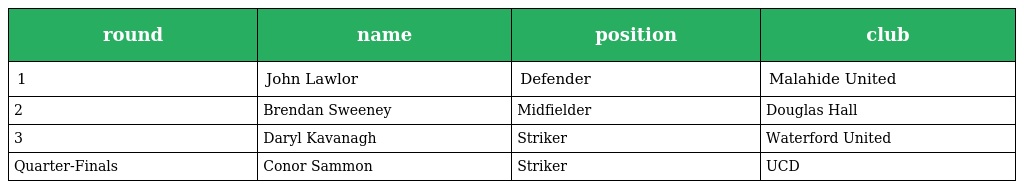
| round | name | position | club |
 | --- | --- | --- | --- |
 | 1 | John Lawlor | Defender | Malahide United |
 | 2 | Brendan Sweeney | Midfielder | Douglas Hall |
 | 3 | Daryl Kavanagh | Striker | Waterford United |
 | Quarter-Finals | Conor Sammon | Striker | UCD |